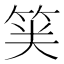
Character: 𱷺